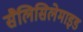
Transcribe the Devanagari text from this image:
सैलिसिलेमाइड